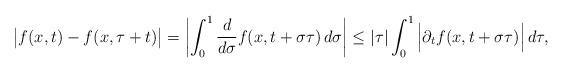
LaTeX: \begin{align*}\big|f(x,t)-f(x,\tau+t)\big| = \left|\int_0^1 \dfrac{d}{d\sigma} f(x,t+\sigma\tau) \,d\sigma \right| &\leq |\tau| \int_0^1 \Big|\partial_t f(x,t+\sigma \tau)\Big|\,d\tau,\end{align*}